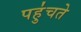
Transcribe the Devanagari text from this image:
पहु॑चते